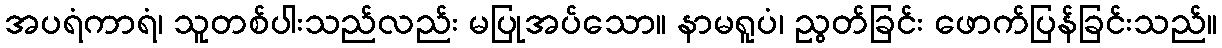
အပရံကာရံ၊ သူတစ်ပါးသည်လည်း မပြုအပ်သော။ နာမရူပံ၊ ညွတ်ခြင်း ဖောက်ပြန်ခြင်းသည်။